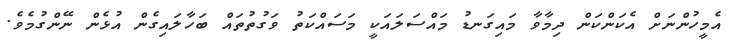
އެމީހުންނަށް އެކަންކަން ދިމާވާ މައިގަނޑު މައްސަލައަކީ މަސައްކަތު ވަގުތުތައް ބަހާލައިގެން އުޅެން ނޭންގުމެވެ.